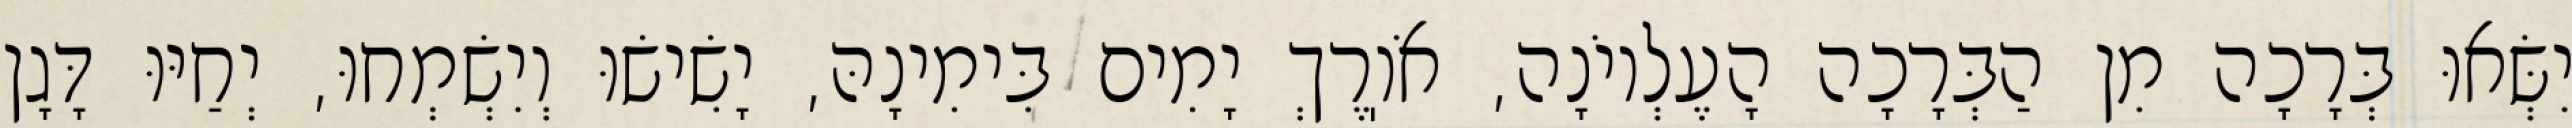
יִשְּׂאוּ בְּרָכָה מִן הַבְּרָכָה הָעֶלְיוֹנָה, אֹוֽרֶךְ יָמִים בִּימִינָהּ, יָשִׂישׂוּ וְיִשְׂמְחוּ, יְחַיּוּ דָּגָן